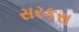
સરકસ